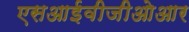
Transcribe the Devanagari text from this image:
एसआईवीजीओआर